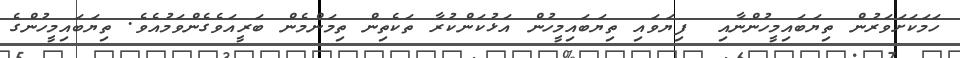
ހަމަކަށަވަރުން ތިޔަބައިމީހުންނާއި  ފިޔަވައި ތިޔަބައިމީހުން އަޅުކަންކުރާ ތަކެތިން ތިމަންމެން ބަރީއަވެގެންވަމުއެވެ. ތިޔަބައިމީހުންގެ